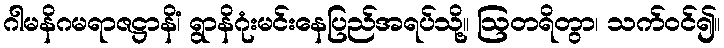
ဂါမနိဂမရာဇဋ္ဌာနိံ၊ ရွာနိဂုံးမင်းနေပြည်အရပ်သို့။ ဩတရိတွာ၊ သက်ဝင်၍။